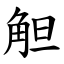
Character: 觛